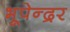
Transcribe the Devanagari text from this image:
भूपेन्‍द्रर